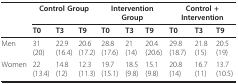
<table><thead><tr><td></td><td colspan="3"><b>Control Group</b></td><td colspan="3"><b>Intervention Group</b></td><td colspan="3"><b>Control + Intervention</b></td></tr><tr><td></td><td><b>T0</b></td><td><b>T3</b></td><td><b>T9</b></td><td><b>T0</b></td><td><b>T3</b></td><td><b>T9</b></td><td><b>T0</b></td><td><b>T3</b></td><td><b>T9</b></td></tr></thead><tbody><tr><td>Men</td><td>31(20)</td><td>22.9(16.4)</td><td>20.6(17.2)</td><td>28.8(17.6)</td><td>21(14)</td><td>20.4(20.6)</td><td>29.8(18.7)</td><td>21.8(15)</td><td>20.5(19)</td></tr><tr><td>Women</td><td>22(13.4)</td><td>14.8(12)</td><td>12.3(11.3)</td><td>19.7(15.1)</td><td>18.5(9.8)</td><td>15.1(9.8)</td><td>20.8(14)</td><td>16.7(11)</td><td>13.7(10.5)</td></tr></tbody></table>